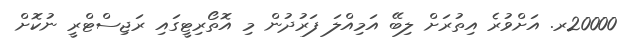
20000ރ. އަށްވުރެ އިތުރަށް ލިބޭ އަމިއްލަ ފަރުދުން މި އޮތޯރިޓީގައި ރަޖިސްޓްރީ ނުކޮށް